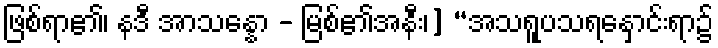
ဖြစ်ရာ၏၊ နဒီ အာသန္နော - မြစ်၏အနီး၊] “အသရူပသရနှောင်းရာ၌